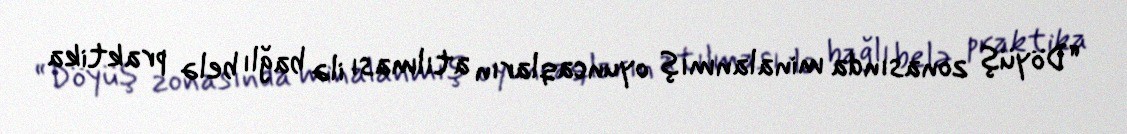
“Döyüş zonasında minalanmış oyuncaqların atılması ilə bağlı belə praktika